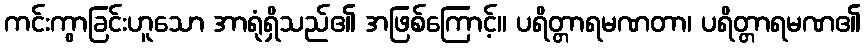
ကင်းကွာခြင်းဟူသော အာရုံရှိသည်၏ အဖြစ်ကြောင့်။ ပရိတ္တာရမဏတာ၊ ပရိတ္တာရမဏ၏